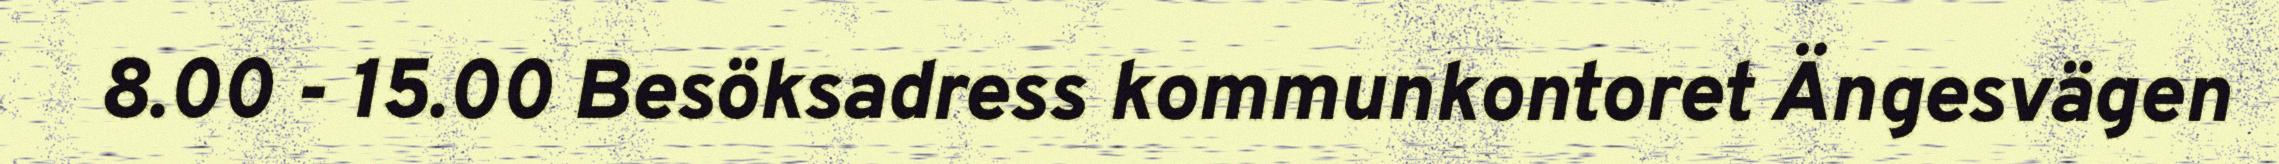
8.00 - 15.00 Besöksadress kommunkontoret Ängesvägen